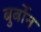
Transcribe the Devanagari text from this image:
बुर्बोन